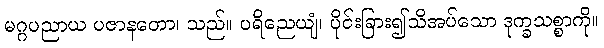
မဂ္ဂပညာယ ပဇာနတော၊ သည်။ ပရိညေယျံ၊ ပိုင်းခြား၍သိအပ်သော ဒုက္ခသစ္စာကို။